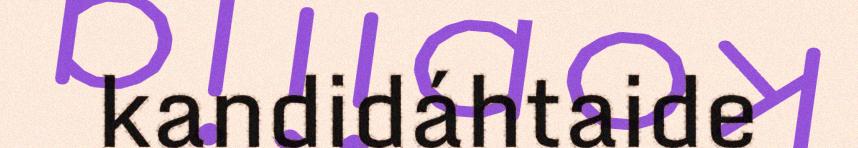
kandidáhtaide